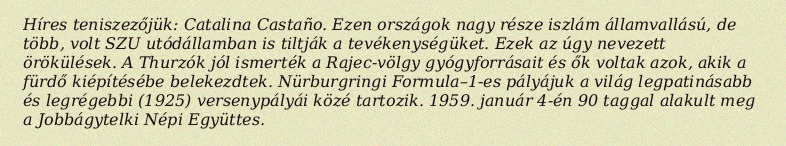
Híres teniszezőjük: Catalina Castaño. Ezen országok nagy része iszlám államvallású, de több, volt SZU utódállamban is tiltják a tevékenységüket. Ezek az úgy nevezett örökülések. A Thurzók jól ismerték a Rajec-völgy gyógyforrásait és ők voltak azok, akik a fürdő kiépítésébe belekezdtek. Nürburgringi Formula–1-es pályájuk a világ legpatinásabb és legrégebbi (1925) versenypályái közé tartozik. 1959. január 4-én 90 taggal alakult meg a Jobbágytelki Népi Együttes.